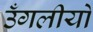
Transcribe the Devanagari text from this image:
उँगलीयों